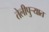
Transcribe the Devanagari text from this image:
तेलीपुर्‍यात